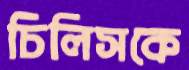
চিলিসকে